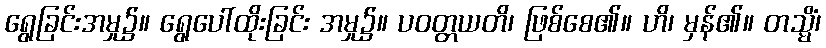
ရွေခြင်းအမှု၌။ ရွေပေါ်ထိုးခြင်း အမှု၌။ ပဝတ္တယတိ၊ ဖြစ်စေ၏။ ဟိ၊ မှန်၏။ တသ္မိံ၊